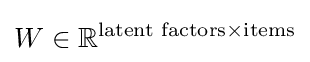
W\in \mathbb {R} ^{{\text{latent factors}}\times {\text{items}}}